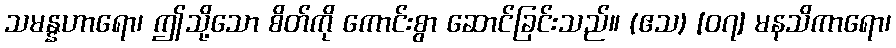
သမန္နဟာရော၊ ဤသို့သော စိတ်ကို ကောင်းစွာ ဆောင်ခြင်းသည်။ (ဧသ) [၀၇] မနသိကာရော၊